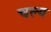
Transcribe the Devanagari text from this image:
चल्य